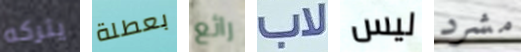
يتركه بعطلة رائع لاب ليس مشرد